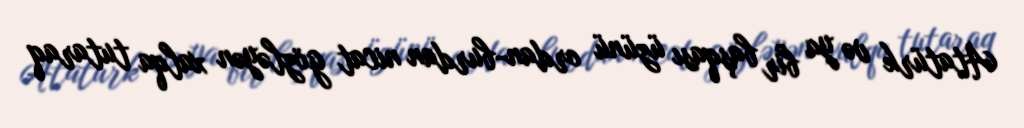
Atatürk və ya bir başqası üzünü ordan-burdan nicat gözləyən xalqa tutaraq